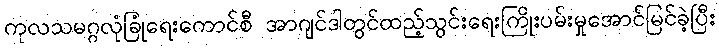
ကုလသမဂ္ဂလုံခြုံရေးကောင်စီ အာဂျင်ဒါတွင်ထည့်သွင်းရေးကြိုးပမ်းမှုအောင်မြင်ခဲ့ပြီး